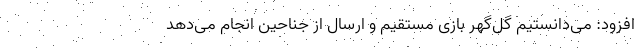
افزود: می‌دانستیم گل‌گهر بازی مستقیم و ارسال از جناحین انجام می‌دهد